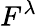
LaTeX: F^{\lambda}